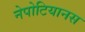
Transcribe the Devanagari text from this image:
नेपोटियानस